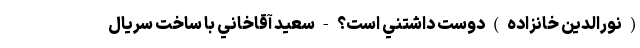
( نورالدين خانزاده ) دوست داشتني است؟ - سعيد آقاخاني با ساخت سريال